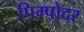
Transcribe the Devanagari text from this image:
पिम्पोदर